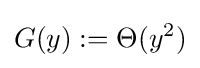
G(y):=\Theta (y^{2})